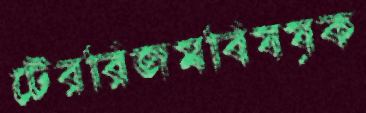
টেররিজমবিষয়ক